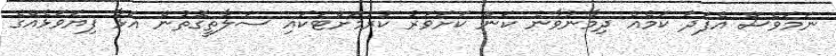
ނަމަވެސް އެފަދަ ކަމެއް ދިމާނުވާނެ ކަން ކަށަވަރު ކުރުމަށްޓަކައި ސަލާތީގޮތުން އަޅާ ފިޔަވަޅެއްގެ